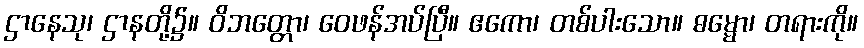
ဌာနေသု၊ ဌာနတို့၌။ ဝိဘတ္တော၊ ဝေဖန်အပ်ပြီ။ ဧကော၊ တစ်ပါးသော။ ဓမ္မော၊ တရားကို။